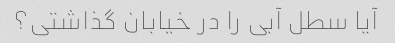
آیا سطل آبی را در خیابان گذاشتی؟